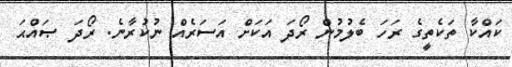
ކައްކާ ތަކެތީގެ ރަހަ ބެލުމުން ރޯދަ އަކަށް އަސަރެއް ނުކުރާނެ. ރޯދަ ޞައްޙަ